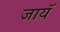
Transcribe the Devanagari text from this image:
जायॅ